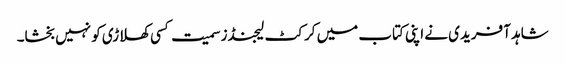
شاہد آفریدی نے اپنی کتاب میں کرکٹ لیجنڈز سمیت کسی کھلاڑی کو نہیں بخشا۔